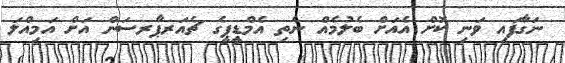
ނަގާފައި ވަނި ކޮށް އެއަށް ބެލުމެއް ނެތި އެމްޑީޕީގެ ޗެއަރޕާރސަން އަށް އަމިއްލަ